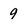
Character: 9